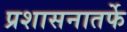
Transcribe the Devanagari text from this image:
प्रशासनातर्फे